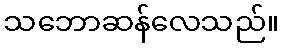
သဘောဆန်လေသည်။